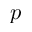
p